Vaccination in Bombay 1902-1912 - 1902-1912
Year: 1902
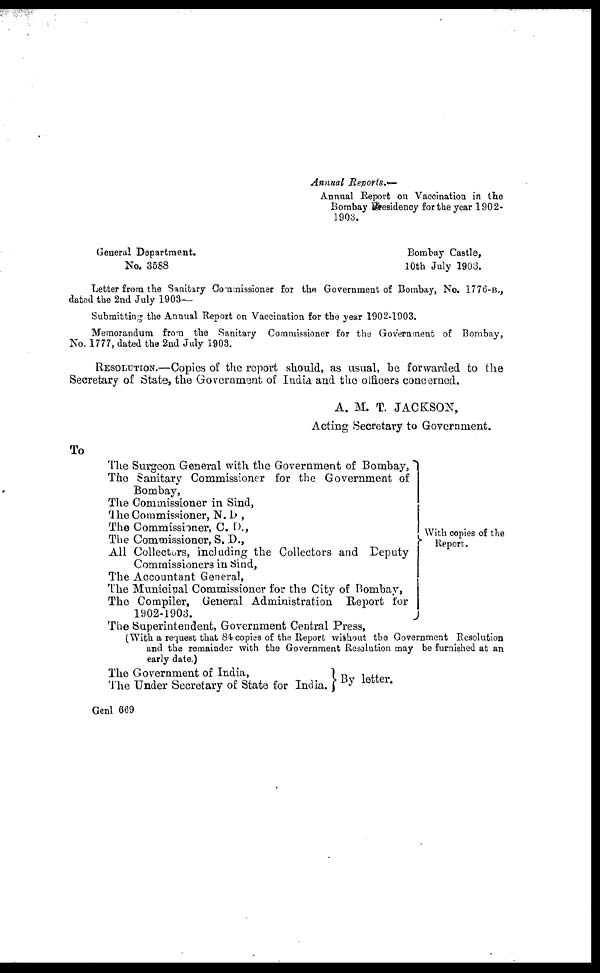
Annual Reports.—
Annual Report on Vaccination in the
Bombay Residency for the year 1902-
1903.
General Department.
No. 3588
Bombay Castle,
10th July 1903.
Letter from the Sanitary Commissioner for the Government of Bombay, No. 1776-B.,
dated the 2nd July 1903—
Submitting the Annual Report on Vaccination for the year 1902-1903.
Memorandum from the Sanitary Commissioner for the Government of Bombay,
No. 1777, dated the 2nd July 1903.
RESOLUTION.—Copies of the report should, as usual, be forwarded to the
Secretary of State, the Government of India and the officers concerned.
A. M. T. JACKSON,
Acting Secretary to Government.
To
The Surgeon General with the Government of Bombay,
The Sanitary Commissioner for the Government of
Bombay,
The Commissioner in Sind,
The Commissioner, N. D.,
The Commissioner, C. D.,
The Commissioner, S. D.,
All Collectors, including the Collectors and Deputy
Commissioners in Sind,
The Accountant General,
The Municipal Commissioner for the City of Bombay,
The Compiler, General Administration Report for
1902-1903.
The Superintendent, Government Central Press,
With copies of the
Report.
(With a request that 84 copies of the Report without the Government Resolution
and the remainder with the Government Resolution may be furnished at an
early date.)
The Government of India,
The Under Secretary of State for India.
Genl 669